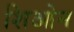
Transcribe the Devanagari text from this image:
शिओन